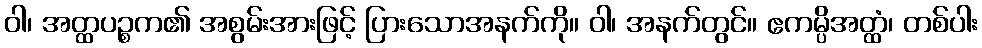
ဝါ၊ အတ္ထပဉ္စက၏ အစွမ်းအားဖြင့် ပြားသောအနက်ကို။ ဝါ၊ အနက်တွင်။ ဧကမ္ပိအတ္ထံ၊ တစ်ပါး